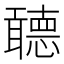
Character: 聼